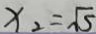
x _ { 2 } = \sqrt { 5 }